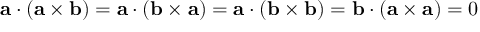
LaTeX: \mathbf { a } \cdot ( \mathbf { a } \times \mathbf { b } ) = \mathbf { a } \cdot ( \mathbf { b } \times \mathbf { a } ) = \mathbf { a } \cdot ( \mathbf { b } \times \mathbf { b } ) = \mathbf { b } \cdot ( \mathbf { a } \times \mathbf { a } ) = 0